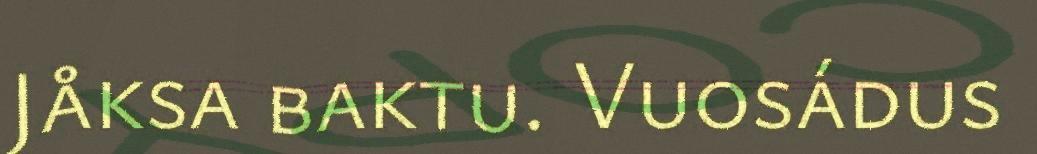
Jåksa baktu. Vuosádus